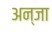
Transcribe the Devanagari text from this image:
अन्जा